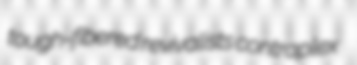
tough-fibered revivalists contraplex